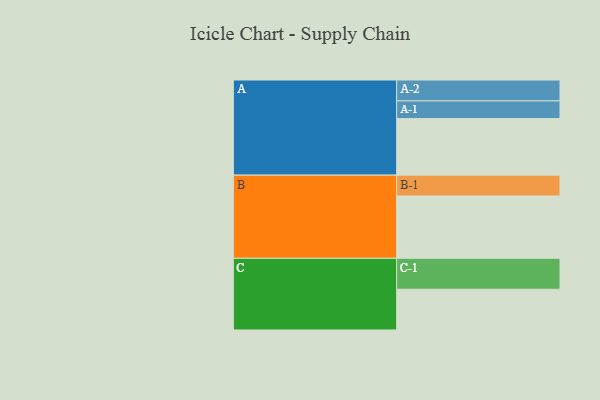
{"axis": {"x": "Segment", "y": "Value"}, "legend": ["", "A", "B", "C"], "data": [{"x": "A", "y": 490, "type": ""}, {"x": "B", "y": 540, "type": ""}, {"x": "C", "y": 353, "type": ""}, {"x": "A-1", "y": 153, "type": "A"}, {"x": "A-2", "y": 181, "type": "A"}, {"x": "B-1", "y": 180, "type": "B"}, {"x": "C-1", "y": 268, "type": "C"}]}